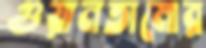
গুয়ানতামোর